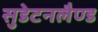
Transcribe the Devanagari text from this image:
सुडेटनलैण्ड